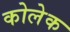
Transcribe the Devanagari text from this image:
कोलेक